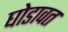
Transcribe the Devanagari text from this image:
घोडावत